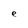
Character: e